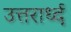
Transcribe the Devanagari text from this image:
उत्तरार्ध्द